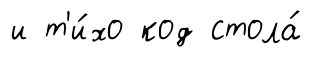
и т'и́хо код стола́